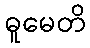
ဓူမေတိ